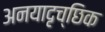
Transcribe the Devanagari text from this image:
अनयादृच्छिक